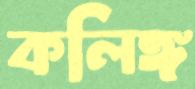
কলিঙ্গ